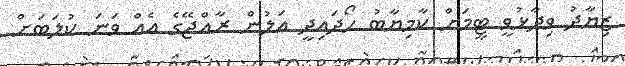
ޒިޔާދު ވިދާޅުވީ ޓީމަށް ކާމިޔާބު ހޯދައިދީ އަލުން ރާއްޖޭގެ އެއް ވަނަ ކުލަބަށް